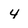
Character: 4